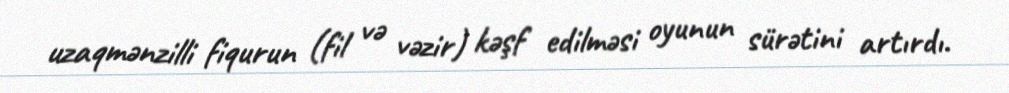
uzaqmənzilli fiqurun (fil və vəzir) kəşf edilməsi oyunun sürətini artırdı.